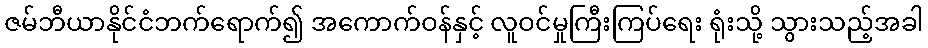
ဇမ်ဘီယာနိုင်ငံဘက်ရောက်၍ အကောက်ဝန်နှင့် လူဝင်မှုကြီးကြပ်ရေး ရုံးသို့ သွားသည့်အခါ